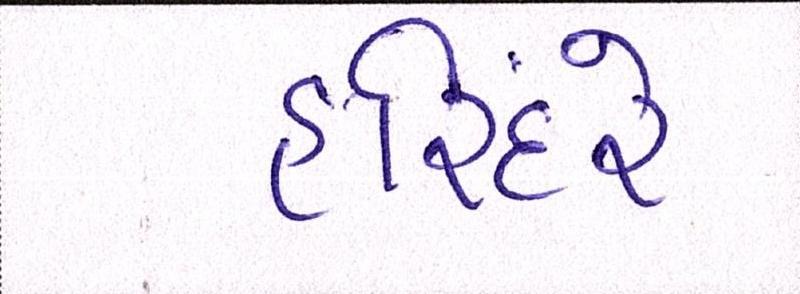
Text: હરિંદરે